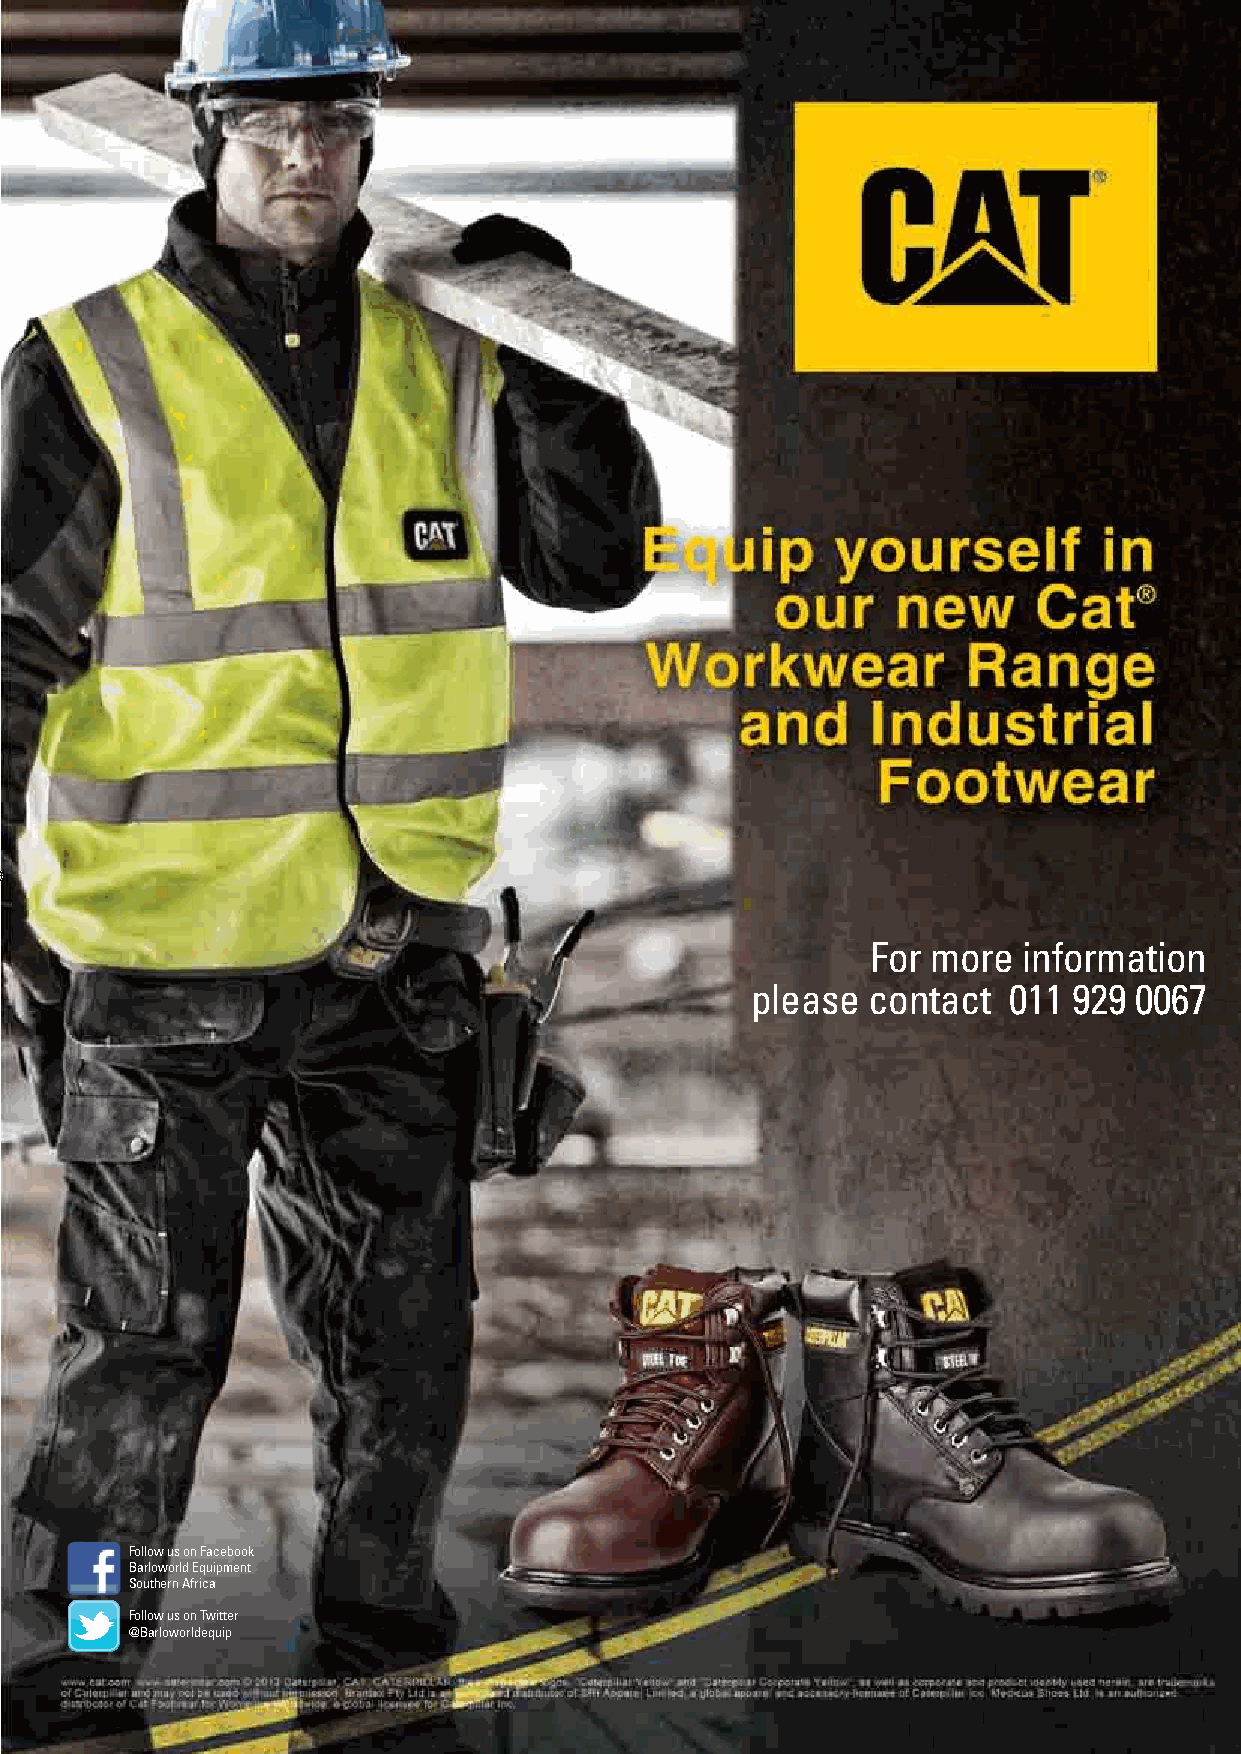
39
 For more  information
 please contact   011 929 0067
 Follow us on Facebook
 Barloworld Equipment
 Southern Africa
 Follow us on Twitter
 @Barloworldequip
 Workwear (A3).indd 1                                                        2013/03/25 1:59 PM